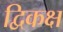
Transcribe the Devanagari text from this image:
द्विकक्ष